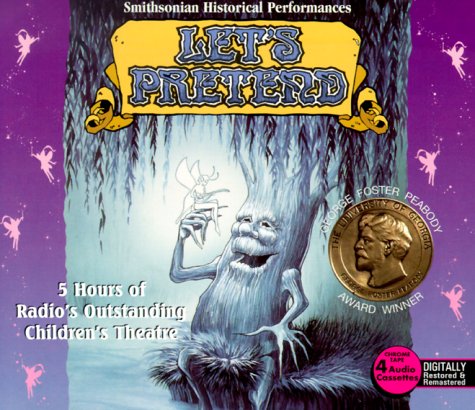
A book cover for Let's Pretend; Smithsonian Historical Performances; Radio Spirits; Humor & Entertainment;